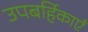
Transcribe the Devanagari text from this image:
उपबर्हिकाएँ